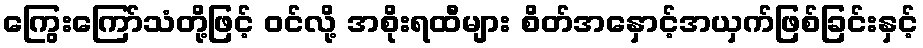
ကြွေးကြော်သံတို့ဖြင့် ဝင်လို့ အစိုးရထီများ စိတ်အနှောင့်အယှက်ဖြစ်ခြင်းနှင့်